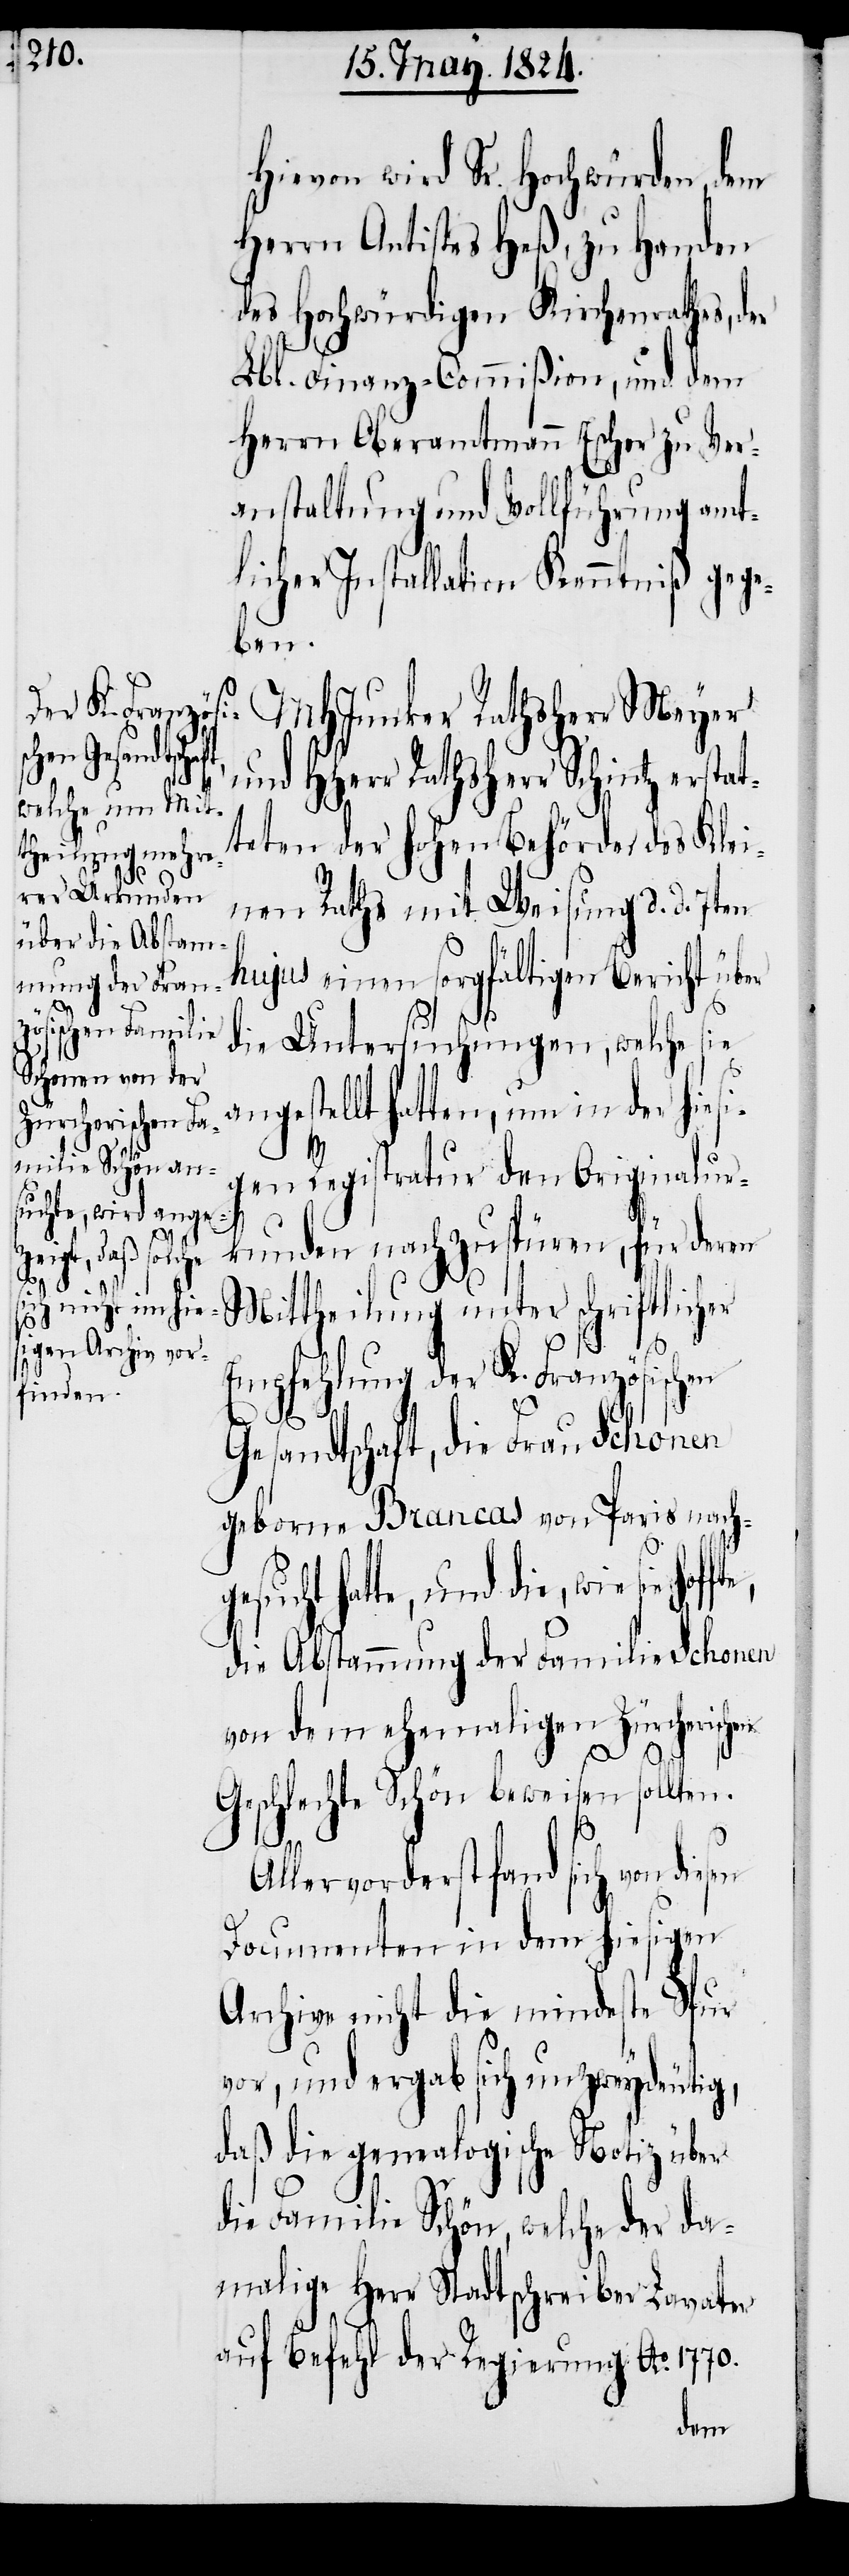
Hievon wird Sr. Hochwürden, dem
Herrn Antistes Heß, zu Handen
des Hochwürdigen Kirchenrathes, d¬
Lbl. Finanz-Commißion, und dem
Herrn Oberamtmann Escher zu Ver¬
anstaltung und Vollführung amt¬
licher Installation Kenntniß gege¬
ben.
MHJunker Rathsherr Meyer
und HHerr Rathsherr Schintz erstat¬
teten der hohen Behörde des Klei¬
nen Raths mit Weisung d. d. 7ten
hujus einen sorgfältigen Bericht über
die Untersuchungen, welche sie
an¬
gestellt hatten, um in der hies¬
gen Registratur den Originalur¬
kunden nachzuspüren, für deren
gesucht
Mittheilung unter schriftlicher
Empfehlung der K. Französischen
A¬
er
Gesandtschaft, die Frau Schonen
geborene Brancas von Paris nach¬
hatte, und die, wie sie
die Abstammung der Familie Schonen
von dem ehemaligen Zürcherischen
Geschlechte Schöne beweisen sollten.
llervorderst fand sich von
Documenten in dem hiesigen
Archive nicht die mindeste Spur
vor, und ergab sich unzweydeutig,
daß die genealogische Notiz über
die Familie Schön, welche der da¬
malige Herr Stadtschreiber Lavater
auf Befehl der Regierung Ao. 1770.